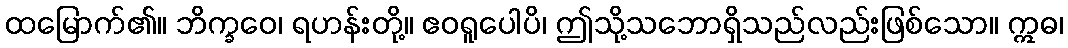
ထမြောက်၏။ ဘိက္ခဝေ၊ ရဟန်းတို့။ ဧဝရူပေါပိ၊ ဤသို့သဘောရှိသည်လည်းဖြစ်သော။ ဣဓ၊